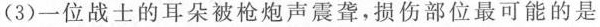
(3)一位战士的耳朵被枪炮声震聋，损伤部位最可能的是